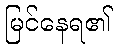
မြင်နေရ၏